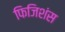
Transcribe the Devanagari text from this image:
फिजिशंस